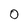
Character: 0